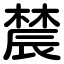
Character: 辳